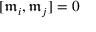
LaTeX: [ { \mathfrak { m } } _ { i } , { \mathfrak { m } } _ { j } ] = 0